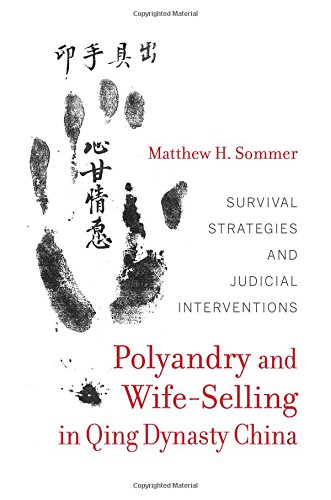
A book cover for Polyandry and Wife-Selling in Qing Dynasty China: Survival Strategies and Judicial Interventions; Matthew H. Sommer; History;